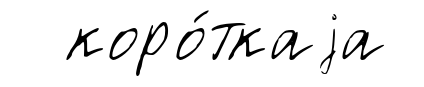
коро́ткаjа